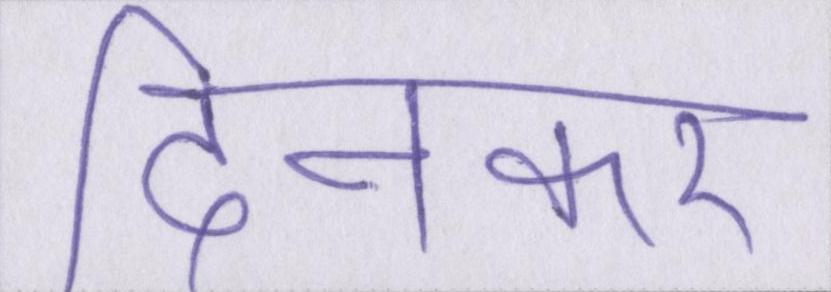
दिनकर